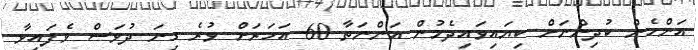
އަންހެން ކުދިންނަށް ކިޔައިވައިދެމުން އަންނަތާ 60 އަހަރަށް ވުރެ ގިނަ ދުވަސް ވެފައިވާ